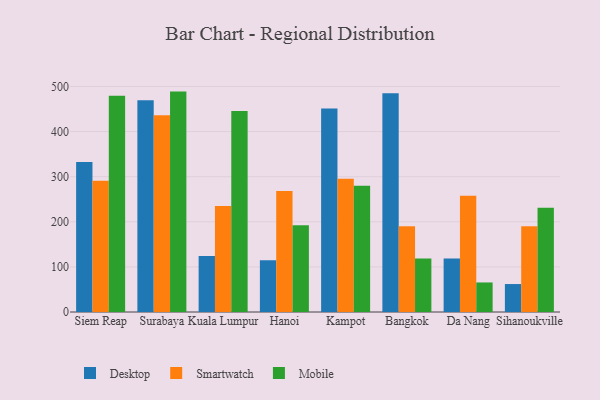
{"axis": {"x": "City", "y": "Net Income (USD K)"}, "legend": ["Desktop", "Mobile", "Smartwatch"], "data": [{"x": "Siem Reap", "y": 332.4, "type": "Desktop"}, {"x": "Siem Reap", "y": 291.0, "type": "Smartwatch"}, {"x": "Siem Reap", "y": 479.4, "type": "Mobile"}, {"x": "Surabaya", "y": 469.6, "type": "Desktop"}, {"x": "Surabaya", "y": 436.2, "type": "Smartwatch"}, {"x": "Surabaya", "y": 488.7, "type": "Mobile"}, {"x": "Kuala Lumpur", "y": 124.4, "type": "Desktop"}, {"x": "Kuala Lumpur", "y": 235.0, "type": "Smartwatch"}, {"x": "Kuala Lumpur", "y": 445.5, "type": "Mobile"}, {"x": "Hanoi", "y": 115.0, "type": "Desktop"}, {"x": "Hanoi", "y": 268.5, "type": "Smartwatch"}, {"x": "Hanoi", "y": 192.3, "type": "Mobile"}, {"x": "Kampot", "y": 451.1, "type": "Desktop"}, {"x": "Kampot", "y": 295.5, "type": "Smartwatch"}, {"x": "Kampot", "y": 280.1, "type": "Mobile"}, {"x": "Bangkok", "y": 485.0, "type": "Desktop"}, {"x": "Bangkok", "y": 190.0, "type": "Smartwatch"}, {"x": "Bangkok", "y": 118.4, "type": "Mobile"}, {"x": "Da Nang", "y": 118.8, "type": "Desktop"}, {"x": "Da Nang", "y": 257.8, "type": "Smartwatch"}, {"x": "Da Nang", "y": 65.5, "type": "Mobile"}, {"x": "Sihanoukville", "y": 62.0, "type": "Desktop"}, {"x": "Sihanoukville", "y": 190.1, "type": "Smartwatch"}, {"x": "Sihanoukville", "y": 231.4, "type": "Mobile"}]}